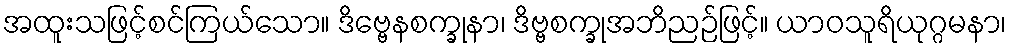
အထူးသဖြင့်စင်ကြယ်သော။ ဒိဗ္ဗေနစက္ခုနာ၊ ဒိဗ္ဗစက္ခုအဘိညဉ်ဖြင့်။ ယာဝသူရိယုဂ္ဂမနာ၊